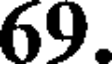
69.